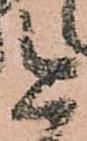
今